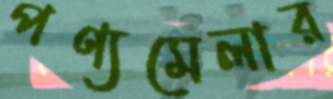
পণ্যমেলার